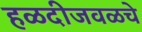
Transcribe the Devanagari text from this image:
हळदीजवळचे